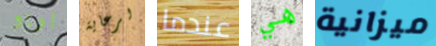
لوبو لرعاية عندما هي ميزانية